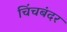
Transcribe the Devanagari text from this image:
चिंचबंदर